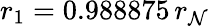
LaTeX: r_{1}=0.988875\, r_{\mathcal{N}}